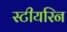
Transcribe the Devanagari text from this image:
स्टीयरिन